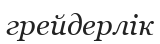
грейдерлік